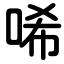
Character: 唏